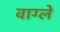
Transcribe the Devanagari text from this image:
वाग्ले